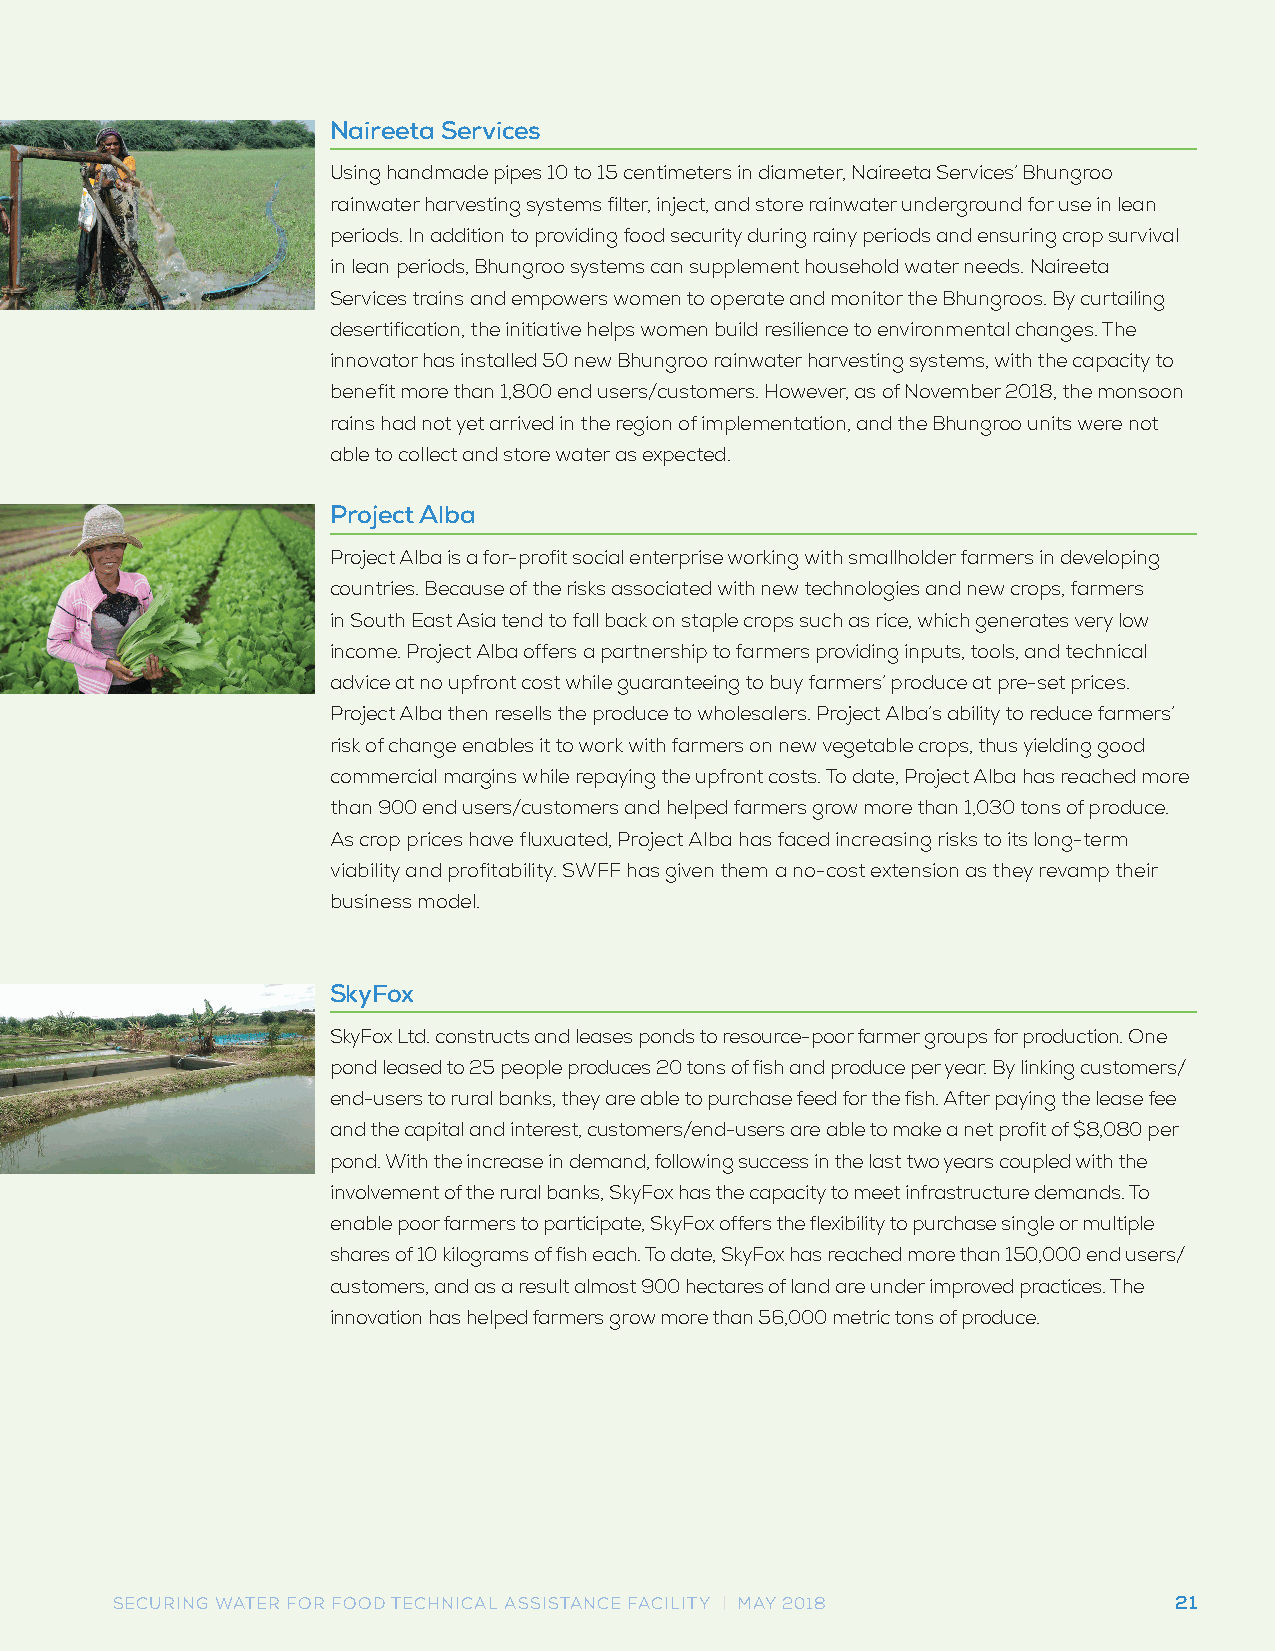
Naireeta Services
 Using handmade pipes 10 to 15 centimeters in diameter, Naireeta Services’ Bhungroo
 rainwater harvesting systems filter, inject, and store rainwater underground for use in lean
 periods. In addition to providing food security during rainy periods and ensuring crop survival
 in lean periods, Bhungroo systems can supplement household water needs. Naireeta
 Services trains and empowers women to operate and monitor the Bhungroos. By curtailing
 desertification, the initiative helps women build resilience to environmental changes. The
 innovator has installed 50 new Bhungroo rainwater harvesting systems, with the capacity to
 benefit more than 1,800 end users/customers. However, as of November 2018, the monsoon
 rains had not yet arrived in the region of implementation, and the Bhungroo units were not
 able to collect and store water as expected.
 Project Alba
 Project Alba is a for-profit social enterprise working with smallholder farmers in developing
 countries. Because of the risks associated with new technologies and new crops, farmers
 in South East Asia tend to fall back on staple crops such as rice, which generates very low
 income. Project Alba offers a partnership to farmers providing inputs, tools, and technical
 advice at no upfront cost while guaranteeing to buy farmers’ produce at pre-set prices.
 Project Alba then resells the produce to wholesalers. Project Alba’s ability to reduce farmers’
 risk of change enables it to work with farmers on new vegetable crops, thus yielding good
 commercial margins while repaying the upfront costs. To date, Project Alba has reached more
 than 900 end users/customers and helped farmers grow more than 1,030 tons of produce.
 As crop prices have fluxuated, Project Alba has faced increasing risks to its long-term
 viability and profitability. SWFF has given them a no-cost extension as they revamp their
 business model.
 SkyFox
 SkyFox Ltd. constructs and leases ponds to resource-poor farmer groups for production. One
 pond leased to 25 people produces 20 tons of fish and produce per year. By linking customers/
 end-users to rural banks, they are able to purchase feed for the fish. After paying the lease fee
 and the capital and interest, customers/end-users are able to make a net profit of $8,080 per
 pond. With the increase in demand, following success in the last two years coupled with the
 involvement of the rural banks, SkyFox has the capacity to meet infrastructure demands. To
 enable poor farmers to participate, SkyFox offers the flexibility to purchase single or multiple
 shares of 10 kilograms of fish each. To date, SkyFox has reached more than 150,000 end users/
 customers, and as a result almost 900 hectares of land are under improved practices. The
 innovation has helped farmers grow more than 56,000 metric tons of produce.
 SECURING WATER FOR FOOD TECHNICAL ASSISTANCE FACILITY | MAY 2018       21